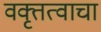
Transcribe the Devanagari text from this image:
वक्तृत्वाचा